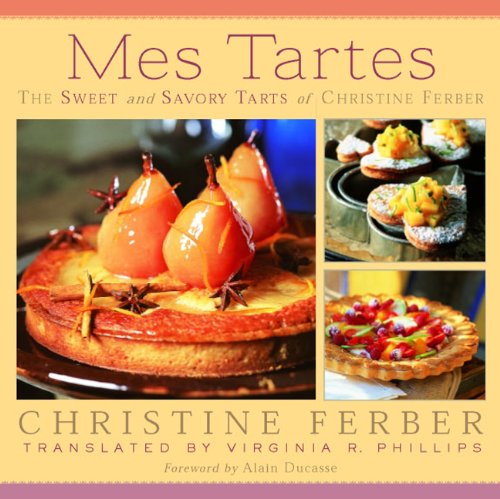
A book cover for Mes Tartes: The Sweet and Savory Tarts of Christine Ferber; Christine Ferber; Cookbooks, Food & Wine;